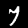
Digit: 7